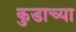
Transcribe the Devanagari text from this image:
कुडाच्या